Civil Veterinary Dept. North-West Frontier Province 1933-46 - 1933-1946
Year: 1933
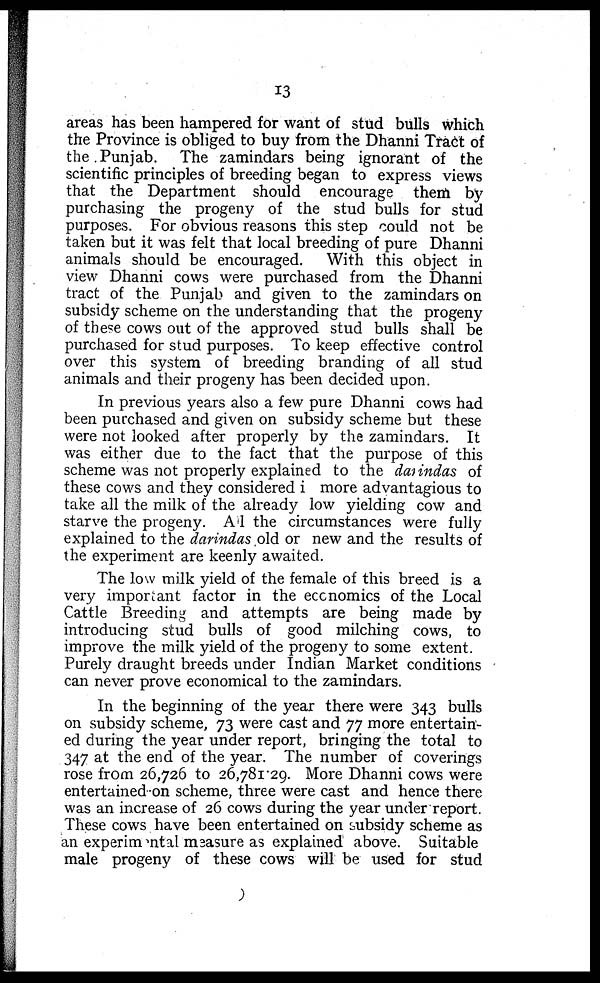
13
areas has been hampered for want of stud bulls which
the Province is obliged to buy from the Dhanni Tract of
the Punjab. The zamindars being ignorant of the
scientific principles of breeding began to express views
that the Department should encourage them by
purchasing the progeny of the stud bulls for stud
purposes. For obvious reasons this step could not be
taken but it was felt that local breeding of pure Dhanni
animals should be encouraged. With this object in
view Dhanni cows were purchased from the Dhanni
tract of the Punjab and given to the zamindars on
subsidy scheme on the understanding that the progeny
of these cows out of the approved stud bulls shall be
purchased for stud purposes. To keep effective control
over this system of breeding branding of all stud
animals and their progeny has been decided upon.
In previous years also a few pure Dhanni cows had
been purchased and given on subsidy scheme but these
were not looked after properly by the zamindars. It
was either due to the fact that the purpose of this
scheme was not properly explained to the darindas of
these cows and they considered i more advantagious to
take all the milk of the already low yielding cow and
starve the progeny. All the circumstances were fully
explained to the darindas old or new and the results of
the experiment are keenly awaited.
The low milk yield of the female of this breed is a
very important factor in the economics of the Local
Cattle Breeding and attempts are being made by
introducing stud bulls of good milching cows, to
improve the milk yield of the progeny to some extent.
Purely draught breeds under Indian Market conditions
can never prove economical to the zamindars.
In the beginning of the year there were 343 bulls
on subsidy scheme, 73 were cast and 77 more entertain-
ed during the year under report, bringing the total to
347 at the end of the year. The number of coverings
rose from 26,726 to 26,781.29. More Dhanni cows were
entertained on scheme, three were cast and hence there
was an increase of 26 cows during the year under report.
These cows have been entertained on subsidy scheme as
an experimental measure as explained above. Suitable
male progeny of these cows will be used for stud